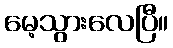
မေ့သွားလေပြီ။